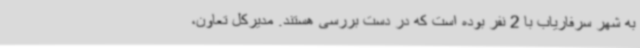
به شهر سرفاریاب با 2 نفر بوده است که در دست بررسی هستند. مدیرکل تعاون،